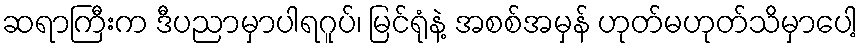
ဆရာကြီးက ဒီပညာမှာပါရဂူပ်၊ မြင်ရုံနဲ့ အစစ်အမှန် ဟုတ်မဟုတ်သိမှာပေါ့